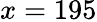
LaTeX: x=195